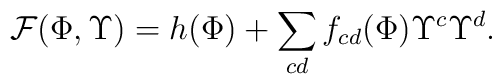
{\cal F}{(\Phi,{\Upsilon})} = h({\Phi}) +\sum_{cd} f_{cd}({\Phi}){\Upsilon}^{c} {\Upsilon}^{d}.